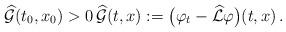
LaTeX: \begin{align*}\widehat{\mathcal{G}}(t_0,x_0)>0\, \widehat{\mathcal{G}}(t,x) := \big(\varphi_t-\widehat{\mathcal{L}}\varphi\big)(t,x)\,.\end{align*}